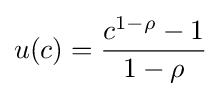
u(c)={\frac {c^{1-\rho }-1}{1-\rho }}